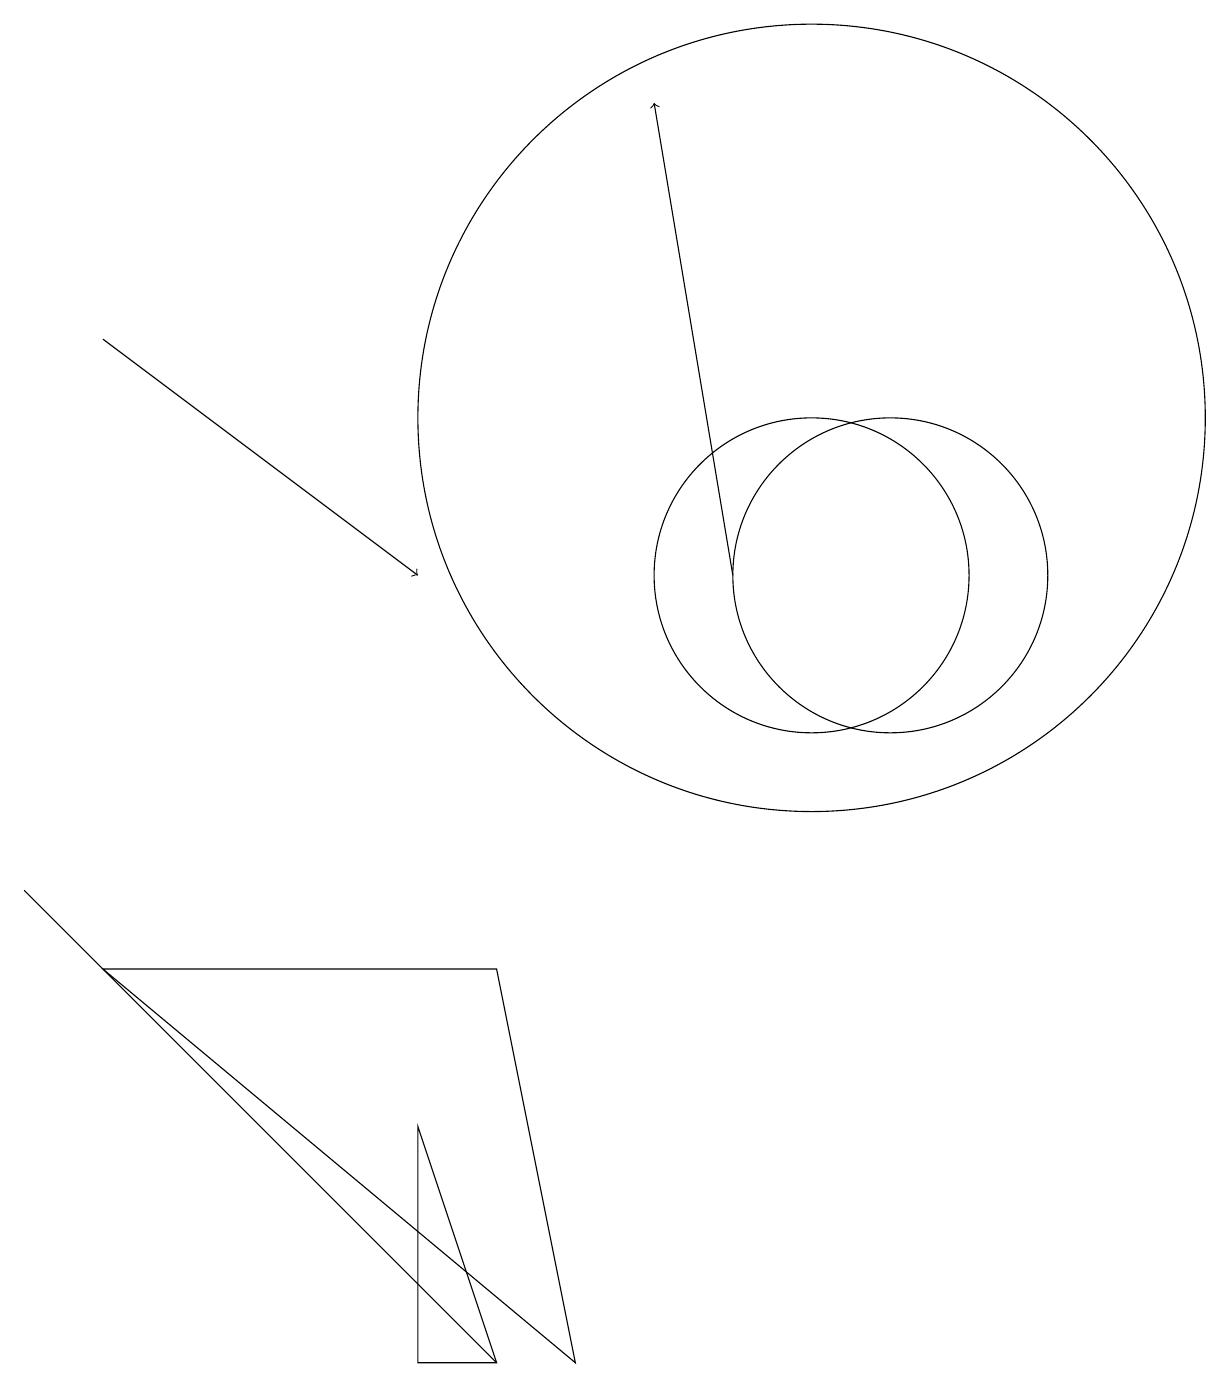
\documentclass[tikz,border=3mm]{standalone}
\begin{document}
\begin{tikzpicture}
\draw (7,0) -- (1,5) -- (6,5) -- cycle;
\draw[->] (9,10) -- (8,16);
\draw (0,6) -- (5,1) -- (6,0) -- cycle;
\draw[->] (1,13) -- (5,10);
\draw (10,12) circle (5);
\draw (5,0) -- (6,0) -- (5,3) -- cycle;
\draw (11,10) circle (2);
\draw (10,10) circle (2);
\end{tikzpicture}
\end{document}